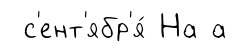
с'ент'ябр'я́ На а